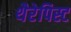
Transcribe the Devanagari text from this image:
थैरेपिस्ट